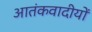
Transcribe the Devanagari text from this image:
आतंकवादीयों